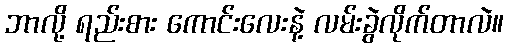
ဘာလို့ ရည်းစား ကောင်းလေးနဲ့ လမ်းခွဲလိုက်တာလဲ။